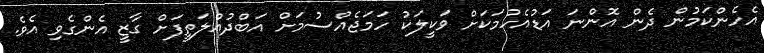
އެހެންކަމުން ދެން އޮންނަ އަޑުއެހުމަކަށް ވަކީލަކު ހަމަޖެއްސުމަށް އަބްދުއްލަތީފަށް ގާޒީ އެންގެވި އެވެ.